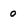
Character: 0